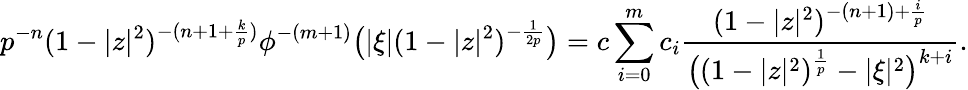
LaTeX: p^{-n}(1-|z|^{2})^{-(n+1+\frac{k}{p})}\phi^{-(m+1)}\bigl(|\xi|(1-|z|^{2})^{-\frac{1}{2p}}\bigr)=c\sum_{i=0}^{m}c_{i}\frac{(1-|z|^{2})^{-(n+1)+\frac{i}{p}}}{\big((1-|z|^{2})^{\frac{1}{p}}-|\xi|^{2}\big)^{k+i}}.